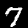
Digit: 7